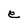
Character: e